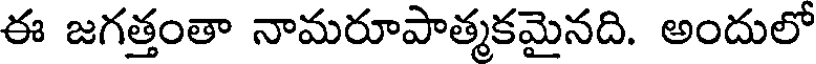
ఈ జగత్తంతా నామరూపాత్మకమైనది. అందులో